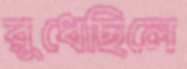
রুধেছিলে